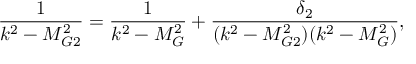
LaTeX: \frac { 1 } { k ^ { 2 } - M _ { G 2 } ^ { 2 } } = \frac { 1 } { k ^ { 2 } - M _ { G } ^ { 2 } } + \frac { \delta _ { 2 } } { ( k ^ { 2 } - M _ { G 2 } ^ { 2 } ) ( k ^ { 2 } - M _ { G } ^ { 2 } ) } ,